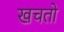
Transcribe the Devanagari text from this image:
खचतो